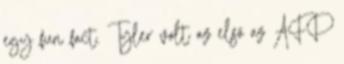
egy fun fact. Tyler volt az első az AFP